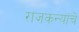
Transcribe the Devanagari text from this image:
राजकन्यांचे